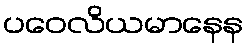
ပဝေလိယမာနေန